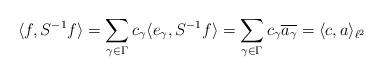
LaTeX: \begin{align*}\langle f, S^{-1} f \rangle = \sum_{\gamma \in \Gamma} c_\gamma \langle e_\gamma, S^{-1} f \rangle = \sum_{\gamma \in \Gamma} c_\gamma \overline{a_\gamma} = \langle c, a \rangle_{\ell^2}\end{align*}